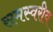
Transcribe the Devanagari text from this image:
समस्वरीय